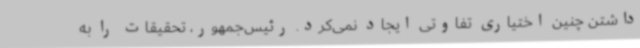
داشتن چنین اختیاری تفاوتی ایجاد نمی‌کرد. رئیس‌جمهور، تحقیقات را به